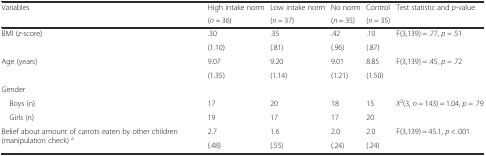
| <ROWSPAN=2> Variables | High intake norm | Low intake norm | No norm | Control | <ROWSPAN=2> Test statistic and p-value |
 | (n = 36) | (n = 37) | (n = 35) | (n = 35) |
 | --- | --- | --- | --- | --- | --- |
 | <ROWSPAN=2> BMI (z-score) | .30 | .35 | .42 | .10 | <ROWSPAN=2> F(3,139) = .77, p = .51 |
 | (1.10) | (.81) | (.96) | (.87) |
 | <ROWSPAN=2> Age (years) | 9.07 | 9.20 | 9.01 | 8.85 | <ROWSPAN=2> F(3,139) = .45, p = .72 |
 | (1.35) | (1.14) | (1.21) | (1.50) |
 | Gender |  |  |  |  |  |
 | Boys (n) | 17 | 20 | 18 | 15 | X2(3, n = 143) = 1.04, p = .79 |
 | Girls (n) | 19 | 17 | 17 | 20 |  |
 | <ROWSPAN=2> Belief about amount of carrots eaten by other children (manipulation check) a | 2.7 | 1.6 | 2.0 | 2.0 | <ROWSPAN=2> F(3,139) = 45.1, p < .001 |
 | (.48) | (.55) | (.24) | (.24) |